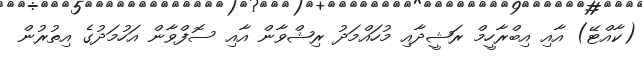
(ކާއްޓޭ) އާއި އިބްރާހީމް ރަޝީދާއި މުހައްމަދު ރިޝްވާން އާއި ސޮފްވާން އަހުމަދުގެ އިތުރުން